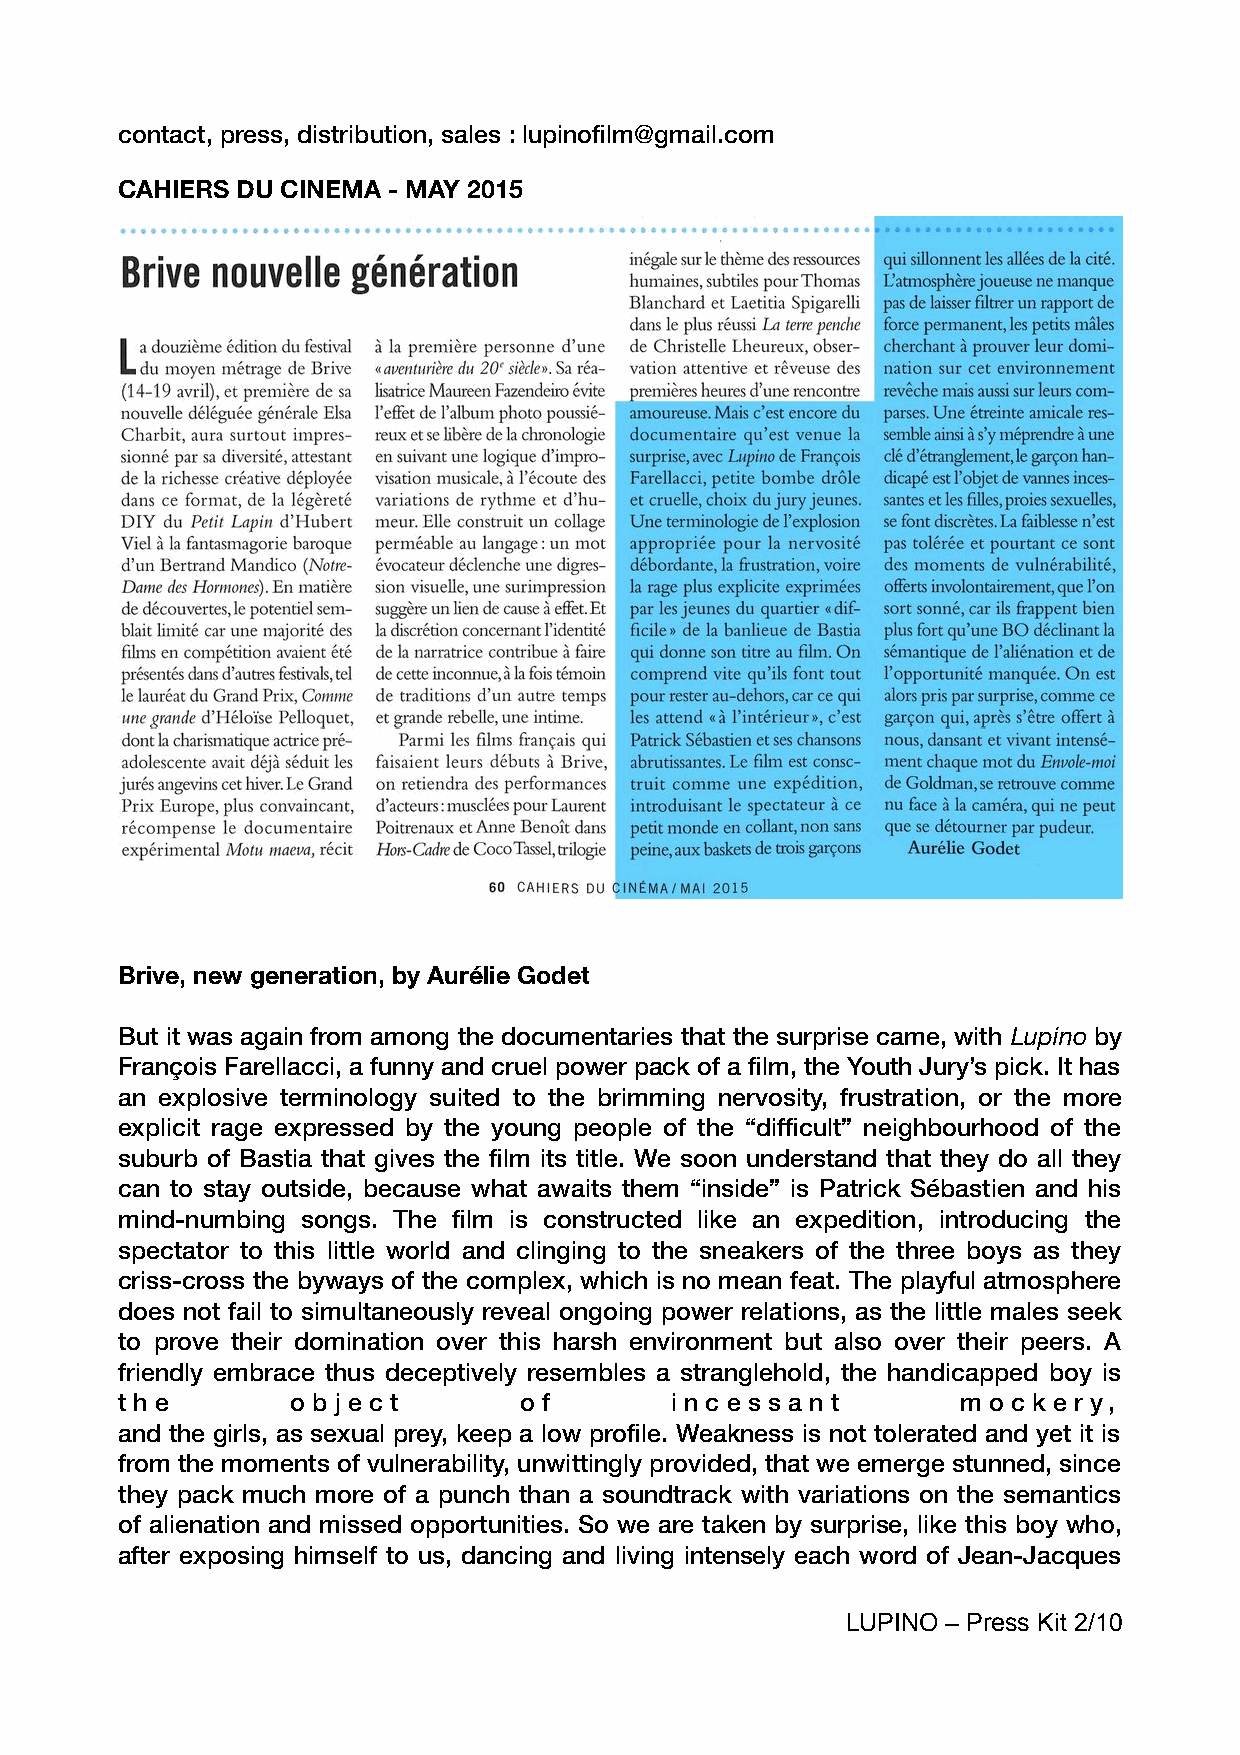
contact, press, distribution, sales : lupinoflm@gmail.com
 CAHIERS DU CINEMA - MAY 2015
 Brive, new generation, by Aurélie Godet
 But it was again from among the documentaries that the surprise came, with Lupino by
 François Farellacci, a funny and cruel power pack of a flm, the Youth Jury’s pick. It has
 an explosive terminology suited to the brimming nervosity, frustration, or the more
 explicit rage expressed by the young people of the “diffcult” neighbourhood of the
 suburb of Bastia that gives the flm its title. We soon understand that they do all they
 can to stay outside, because what awaits them “inside” is Patrick Sébastien and his
 mind-numbing songs. The flm is constructed like an expedition, introducing the
 spectator to this little world and clinging to the sneakers of the three boys as they
 criss-cross the byways of the complex, which is no mean feat. The playful atmosphere
 does not fail to simultaneously reveal ongoing power relations, as the little males seek
 to prove their domination over this harsh environment but also over their peers. A
 friendly embrace thus deceptively resembles a stranglehold, the handicapped boy is
 t h e      o b j e c t    o f       i n c e s s a n t   m o c k e r y,
 and the girls, as sexual prey, keep a low profle. Weakness is not tolerated and yet it is
 from the moments of vulnerability, unwittingly provided, that we emerge stunned, since
 they pack much more of a punch than a soundtrack with variations on the semantics
 of alienation and missed opportunities. So we are taken by surprise, like this boy who,
 after exposing himself to us, dancing and living intensely each word of Jean-Jacques
 LUPINO – Press Kit 2/10